Report on horse surra - Volume II, Part II
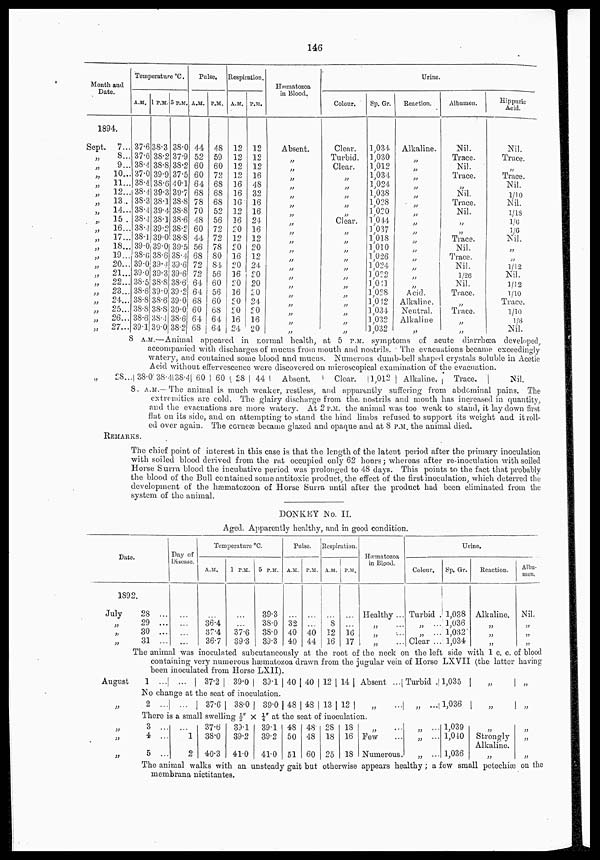
146
Month and
Date.
1894.
Sept.
7...
„
8...
„
9...
„
10. . .
„ 11...
„
12...
„ 13...
„
14...
„ 15...
„
16...
„
17...
„
18...
„
19...
„
20...
„
21...
„
22...
„
23...
„
24...
„
25...
„
26...
„
27...
Temperature °C.
A.M.
37.6
37.6
38.4
37.0
38.4
38.4
38.3
38.4
38.4
38.4
38.1
39.0
38.6
39.0
39.0
38.5
38.6
38.8
38.8
38.6
39.1
1 P.M.
38.3
38.2
38.8
39.9
38.6
39.3
38.1
39.4
38.1
39.2
39.0
39.0
38.6
39.4
39.3
38.8
39.0
38.6
38.8
38.4
39.0
5 P.M.
38.0
37.9
38.2
37.5
40.1
39.7
38.8
38.8
38.6
38.2
38.8
39.5
38.4
39.6
39.6
38.6
39.2
39.0
39.0
38.6
38.2
Pulse.
A.M.
44
52
60
60
64
68
78
70
48
60
44
56
68
72
72
64
64
68
60
64
68
P.M.
48
59
60
72
68
68
68
52
56
72
72
78
80
84
56
60
56
60
68
64
64
Respiration.
A.M.
12
12
12
12
16
16
16
12
16
20
12
20
16
20
16
20
16
20
20
16
24
P.M.
12
12
12
16
48
32
16
16
24
16
12
20
12
24
20
20
20
24
20
16
20
Hæmatozoa
in Blood.
Absent.
Colour.
Clear.
Turbid.
Clear.
„
„
„
„
„
Clear.
„
„
„
„
„
„
„
„
„
„
„
„
Sp. Gr.
1,034
1,030
1,012
1,034
1,024
1,038
1,028
1,020
1,044
1,037
1,018
1,010
1,026
1,024
1,022
1,041
1,028
1,042
1,034
1,032
1,032
Urine.
Reaction.
Alkaline.
„
„
„
„
„
„
„
„
„
„
„
„
„
„
„
Acid.
Alkaline.
Neutral.
Alkaline
„
Albumen.
Nil.
Trace.
Nil.
Trace.
„
Nil.
Trace.
Nil.
„
„
Trace.
Nil.
Trace.
Nil.
1/26
Nil.
Trace.
„
Trace.
„
„
Hippuric
Acid.
Nil.
Trace.
„
Trace.
Nil.
1/10
Nil.
1/18
1/6
1/6
Nil.
„
„
1/12
Nil.
1/12
1/10
Trace.
1/10
⅛
Nil.
8 A.M.—Animal appeared in normal health, at 5 P.M. symptoms of acute diarrhœa developed,
accompanied with discharges of mucus from mouth and nostrils. The evacuations became exceedingly
watery, and contained some blood and mucus. Numerous dumb-bell shaped crystals soluble in Acetic
Acid without effervescence were discovered on microscopical examination of the evacuation.
28...| 38.0 | 38.4|38.4 | 60 | 60 | 28 | 44 | Absent. | Clear. | 1,012 | Alkaline. | Trace. |
Nil.
8. A.M.—The animal is much weaker, restless, and apparently suffering from abdominal pains. The
extremities are cold. The glairy discharge from the nostrils and mouth has increased in quantity,
and the evacuations are more watery. At 2 P.M. the animal was too weak to stand, it lay down first
flat on its side, and on attempting to stand the hind limbs refused to support its weight and it roll
ed over again. The corneæ became glazed and opaque and at 8 P.M. the animal died.
REMARKS.
The chief point of interest in this case is that the length of the latent period after the primary inoculation
with soiled blood derived from the rat occupied only 62 hours; whereas after re-inoculation with soiled
Horse Surra blood the incubative period was prolonged to 48 days. This points to the fact that probably
the blood of the Bull contained some antitoxic product, the effect of the first inoculation, which deterred the
development of the hæmatozoon of Horse Surra until after the product had been eliminated from the
system of the animal.
DONKEY No. II.
Aged. Apparently healthy, and in good condition.
Date.
1892.
July
„
„
„
28 ...
29 ...
30 ...
31 ...
Day of
Disease.
...
...
...
...
Temperature °C.
A.M.
...
36.4
37.4
36.7
1 P.M.
...
...
37.6
39.3
5 P.M.
39.3
38.0
38.0
39.3
Pulse.
A.M.
...
32
40
40
P.M.
...
...
40
44
Respiration.
A.M.
...
8
12
16
P.M.
...
...
16
17
Hæmatozoa
in Blood.
Healthy...
„ ...
„ ...
„ ...
Colour.
Turbid
„ ...
„ ...
Clear ...
Urine.
Sp. Gr.
1,038
1,036
1,032
1,034
Reaction.
Alkaline.
„
„
„
Albu
men.
Nil.
„
„
„
The animal was inoculated subcutaneously at the root of the neck on the left side with 1 c. c. of blood
containing very numerous hæmatozoa drawn from the jugular vein of Horse LXVII (the latter having
been inoculated from Horse LXII).
August
„
„
„
1 ... ...
37.2
39.0 39.1
40 40 12 14 Absent ... Turbid 1,035 „
„
No change at the seat of inoculation.
2 ... ...
37.6
38.0
39.0 48 48 13 12
„
...
„ ... 1,036 „
„
There is a small swelling ½" × ¼" at the seat of inoculation
3 ...
4 ...
5 ...
...
1
2
37.6
38.0
40.3
39.1
39.2
41.0
39.1
39.2
41.0
48
50
51
48
48
60
28
18
25
18
16
18
„ ...
Few ...
Numerous.
„ ...
„ ...
„ ...
1,039
1,040
1,036
„
Strongly
Alkaline.
„
„
„
„
The animal walks with an unsteady gait but otherwise appears healthy ; a few small petechiæ on the
membrana nictitantes.